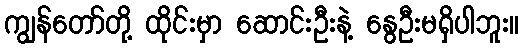
ကျွန်တော်တို့ ထိုင်းမှာ ဆောင်းဦးနဲ့ နွေဦးမရှိပါဘူး။